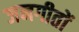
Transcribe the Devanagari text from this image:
जनगीतों